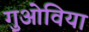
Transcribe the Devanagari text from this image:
गुओविया